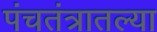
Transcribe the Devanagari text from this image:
पंचतंत्रातल्या